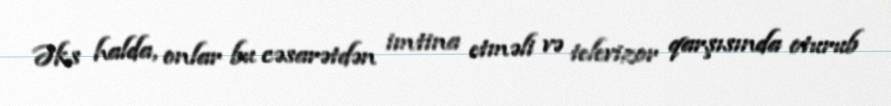
Əks halda, onlar bu cəsarətdən imtina etməli və televizor qarşısında oturub